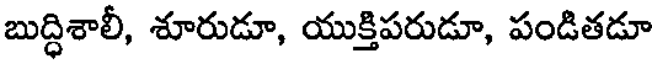
బుద్ధిశాలీ, శూరుడూ, యుక్తిపరుడూ, పండితడూ